Lunatic asylums Punjab 1868-1880 - 1868-1880
Year: 1868
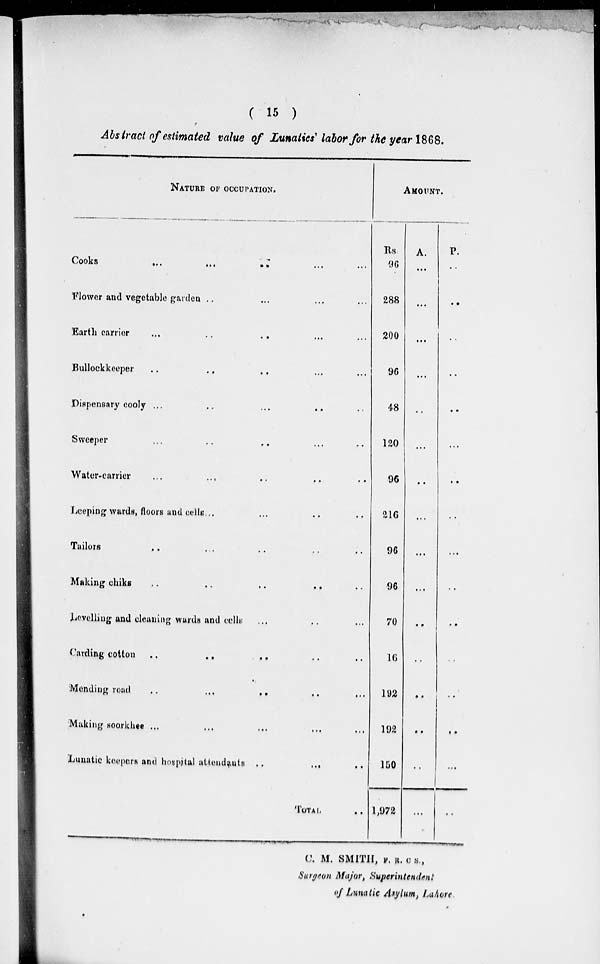
( 15 )
Abstract of estimated value of Lunatics' labor for the year 1868.
NATURE OF OCCUPATION.
Cooks ... ... ... ... ...
Flower and vegetable garden .. ... ... ...
Earth carrier
...
.. .. ... ...
Bullock keeper .. .. .. ... ...
Dispensary cooly ... .. ... .. ..
Sweeper ... .. .. ... ..
Water-carrier
...
... .. .. ..
Leeping wards, floors and cells ... ... .. ..
Tailors .. ... .. .. ..
Making chiks
..
..
..
..
Levelling and cleaning wards and cells ... .. ...
Carding cotton .. .. .. .. ..
Mending road
..
... .. .. ...
Making soorkhee ... ... ... ... ...
Lunatic keepers and hospital attendants ..
... ..
TOTAL
..
AMOUNT.
Rs.
96
288
200
96
48
120
96
216
96
96
70
16
192
192
150
1,972
A.
...
...
...
...
...
...
..
...
...
...
..
..
..
..
..
...
P.
..
..
..
..
..
...
..
..
...
..
..
..
..
..
...
..
C. M. SMITH, V. R. C. S.,
Surgeon Major, Superintendent
of Lunatic Asylum, Lahore